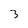
Character: 3